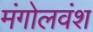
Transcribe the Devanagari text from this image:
मंगोलवंश